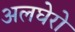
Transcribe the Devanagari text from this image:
अलघेरो